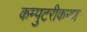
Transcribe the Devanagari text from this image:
कम्पुटरीकरण